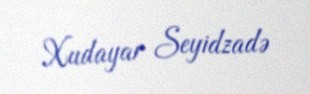
Xudayar Seyidzadə